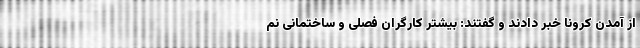
از آمدن کرونا خبر دادند و گفتند: بیشتر کارگران فصلی و ساختمانی نم